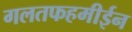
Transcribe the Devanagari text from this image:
गलतफहमीईन